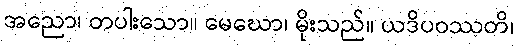
အညော၊ တပါးသော။ မေဃော၊ မိုးသည်။ ယဒိပဝဿတိ၊